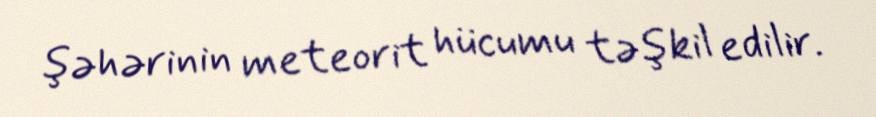
şəhərinin meteorit hücumu təşkil edilir.